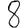
Digit: 8